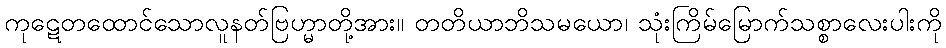
ကုဋေတထောင်သောလူနတ်ဗြဟ္မာတို့အား။ တတိယာဘိသမယော၊ သုံးကြိမ်မြောက်သစ္စာလေးပါးကို